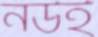
নউই